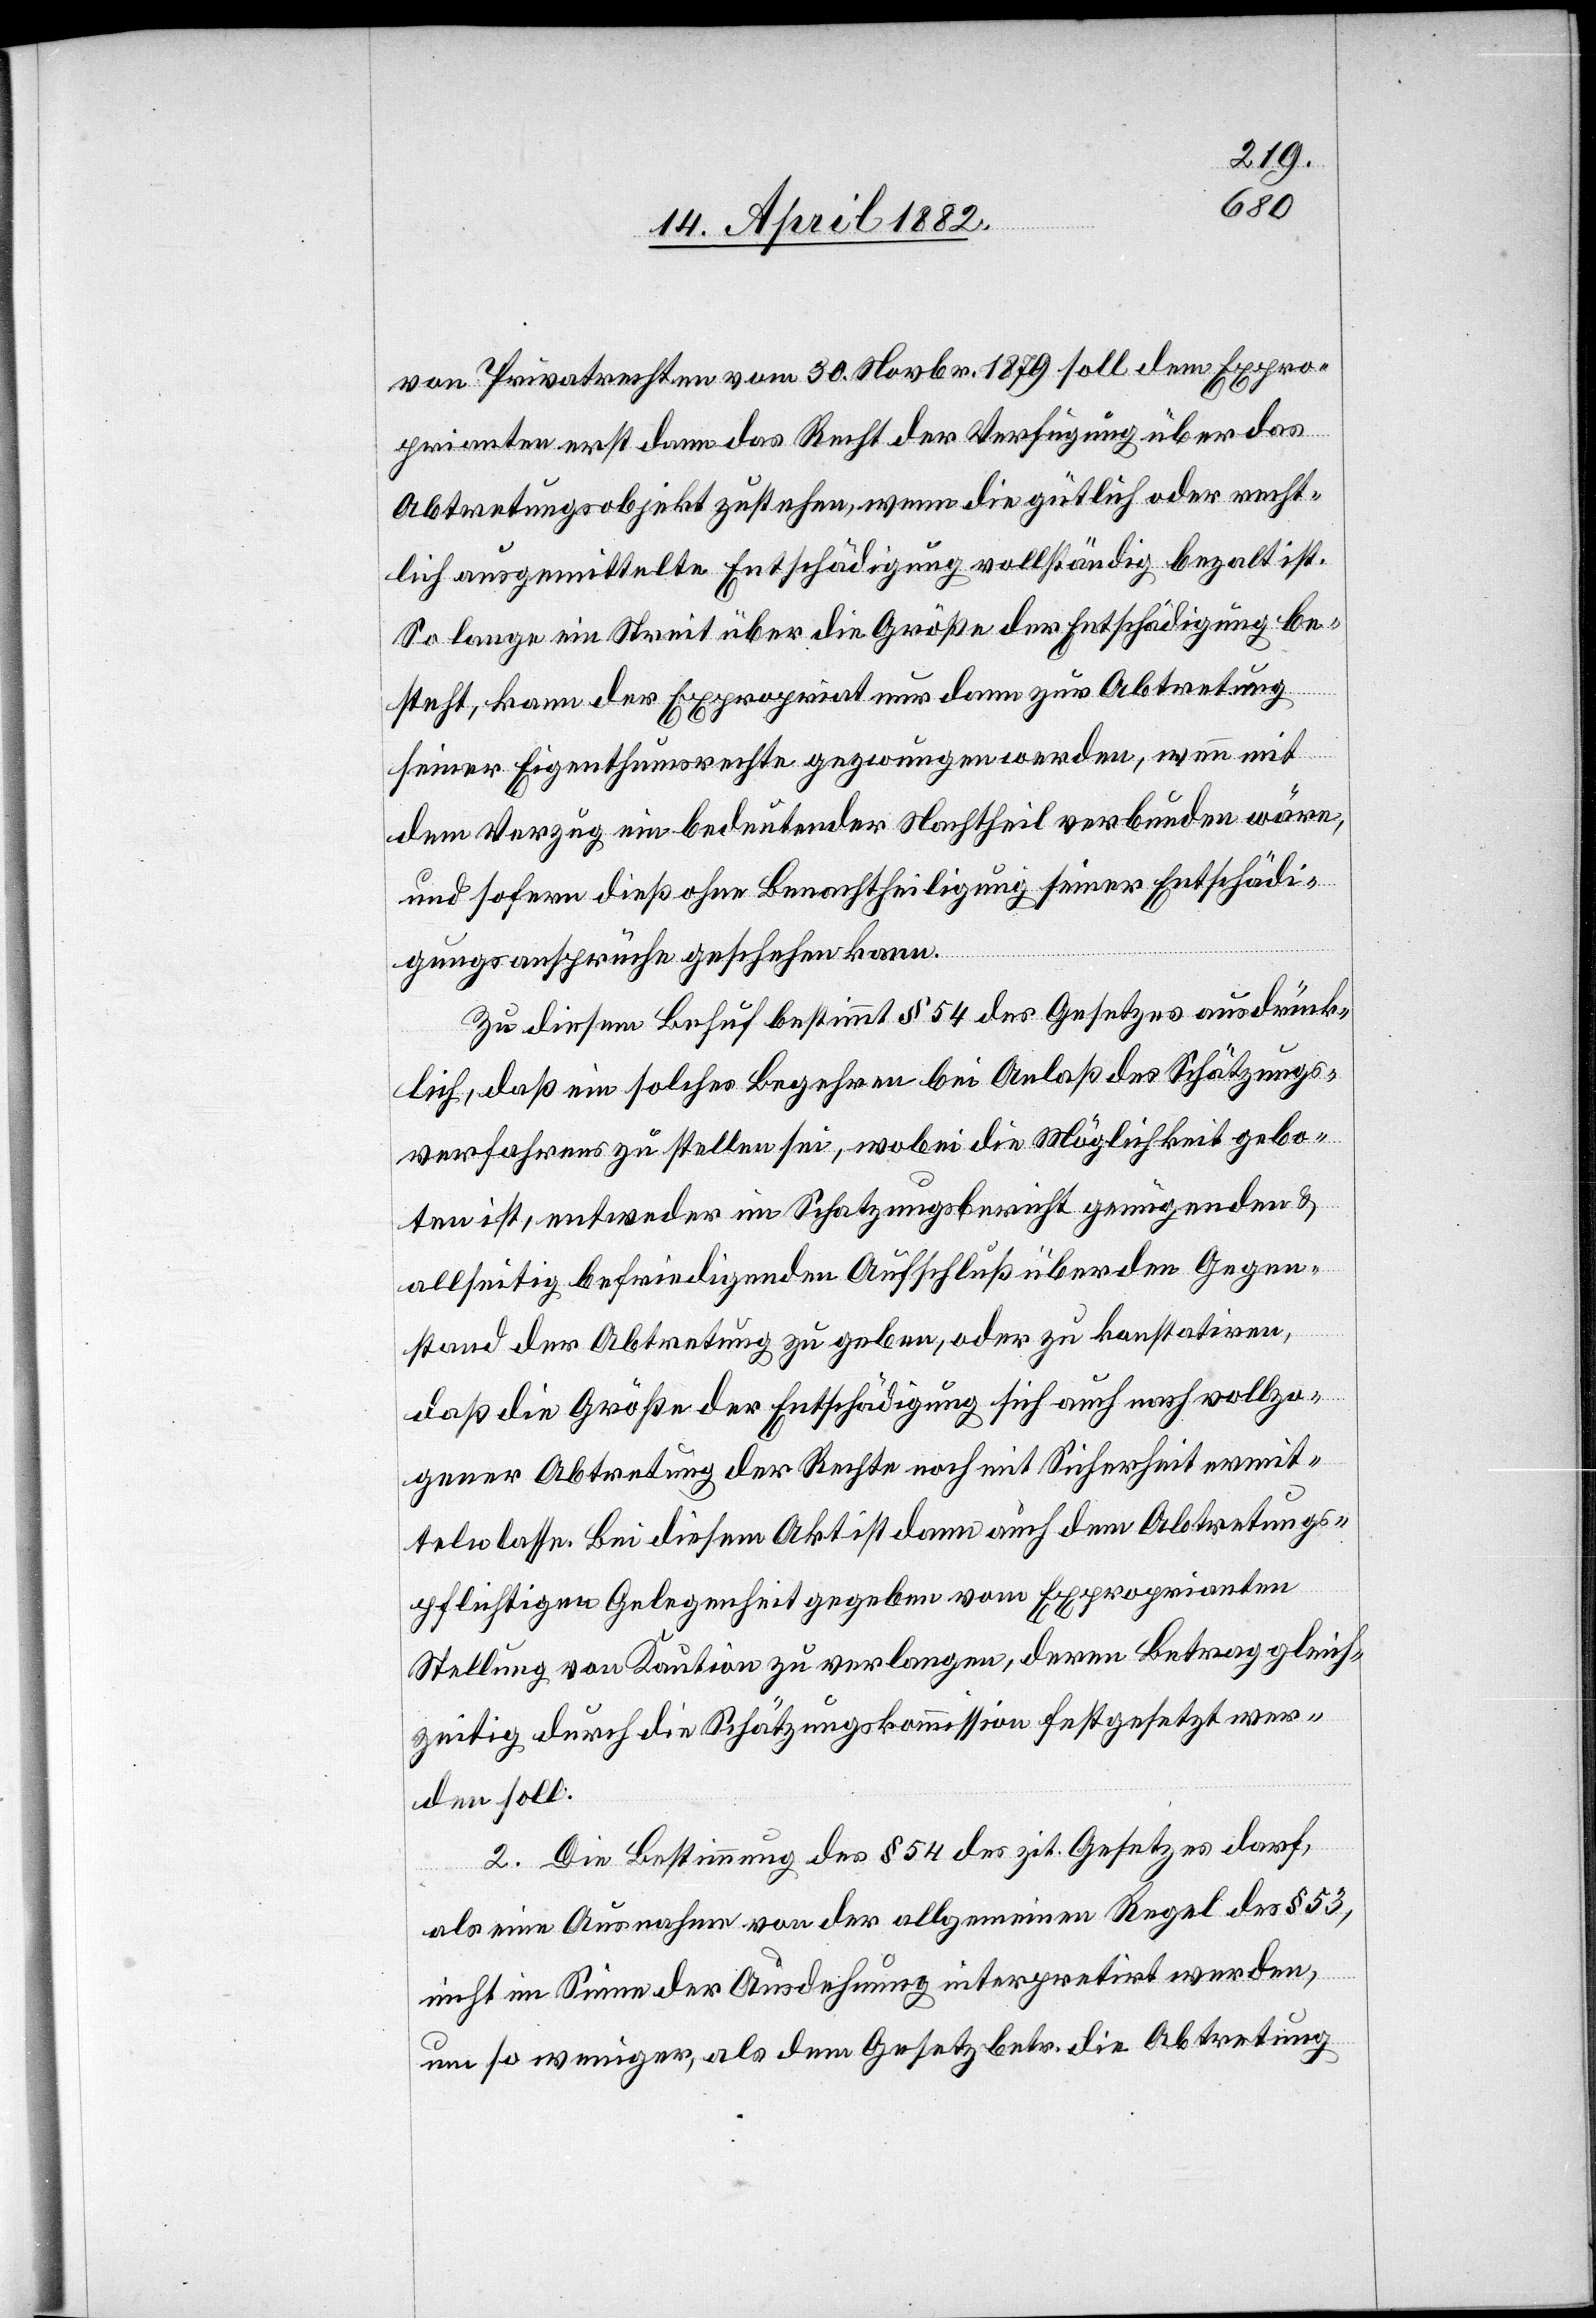
von Privatrechten vom 30. Novbr. 1879 soll dem Expro¬
prianten erst dann das Recht der Verfügung über das
Abtretungsobjekt zustehen, wenn die gütlich oder recht¬
lich ausgemittelte Entschädigung vollständig bezalt ist.
So lange ein Streit über die Größe der Entschädigung be¬
steht, kann der Expropriat nur dann zur Abtretung
seiner Eigenthumsrechte gezwungen werden, wenn mit
dem Verzug ein bedeutender Nachtheil verbunden wäre,
und sofern dieß ohne Benachtheiligung seiner Entschädi¬
gungsansprüche geschehen kann.
Zu diesem Behuf bestimmt § 54 des Gesetzes ausdrück¬
lich, daß ein solches Begehren bei Anlaß des Schätzungs¬
verfahrens zu stellen sei, wobei die Möglichkeit gebo¬
ten ist, entweder im Schatzungsbericht genügenden &
allseitig befriedigenden Aufschluß über den Gegen¬
stand der Abtretung zu geben, oder zu konstatiren,
daß die Größe der Entschädigung sich auch nach vollzo¬
gener Abtretung der Rechte noch mit Sicherheit ermit¬
teln lasse. Bei diesem Akt ist dann auch dem Abtretungs¬
pflichtigen Gelegenheit gegeben vom Exproprianten
Stellung von Kaution zu verlangen, deren Betrag gleich¬
zeitig durch die Schätzungskommission festgesetzt wer¬
den soll.
2. Die Bestimmung des § 54 des zit. Gesetzes darf,
als eine Ausnahme von der allgemeinen Regel des § 53,
nicht im Sinne der Ausdehnung interpretirt werden,
um so weniger, als dem Gesetz betr. die Abtretung